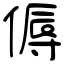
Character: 傉